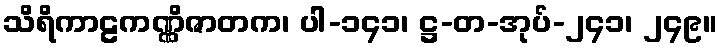
သိရိကာဠကဏ္ဏိဇာတက၊ ပါ-၁၄၁၊ ဋ္ဌ-တ-အုပ်-၂၄၁၊ ၂၄၉။